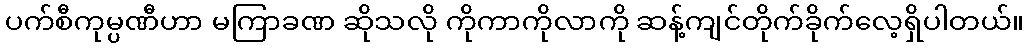
ပက်စီကုမ္ပဏီဟာ မကြာခဏ ဆိုသလို ကိုကာကိုလာကို ဆန့်ကျင်တိုက်ခိုက်လေ့ရှိပါတယ်။